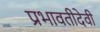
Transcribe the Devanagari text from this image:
प्रभावतीदेवी